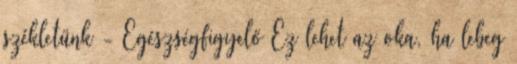
székletünk - Egészségfigyelő Ez lehet az oka, ha lebeg